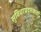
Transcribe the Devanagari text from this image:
सुविधाप्रदत्तकर्ता